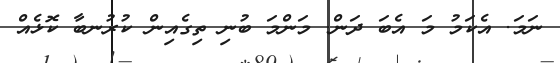
ނަމަ. އެކަމު މަ އެބަ ދަން. މަންމަ ބުނި ތިގެއިން ކުރުނބާ ކޮޅެއް